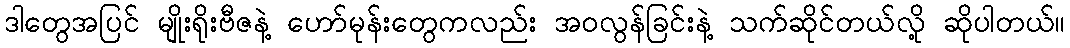
ဒါတွေအပြင် မျိုးရိုးဗီဇနဲ့ ဟော်မုန်းတွေကလည်း အဝလွန်ခြင်းနဲ့ သက်ဆိုင်တယ်လို့ ဆိုပါတယ်။